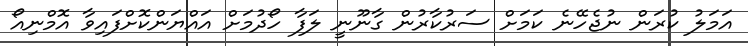
އަމަލު ކުރަން ނުޖެހޭނެ ކަމަށް ސަރުކާރުން ގާނޫނީ ލަފާ ހޯދުމަށް އައްޔަންކޮށްފައިވާ އޮމްނިއޯ